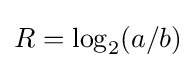
R=\log _{2}(a/b)